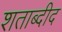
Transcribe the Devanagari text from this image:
शताब्दीद